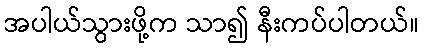
အပါယ်သွားဖို့က သာ၍ နီးကပ်ပါတယ်။